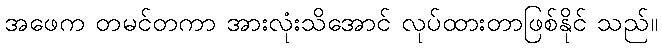
အဖေက တမင်တကာ အားလုံးသိအောင် လုပ်ထားတာဖြစ်နိုင် သည်။